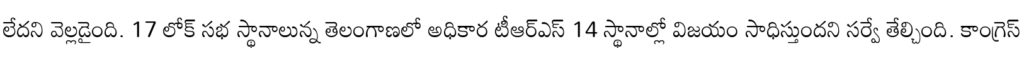
లేదని వెల్లడైంది. 17 లోక్ సభ స్థానాలున్న తెలంగాణలో అధికార టీఆర్ఎస్ 14 స్థానాల్లో విజయం సాధిస్తుందని సర్వే తేల్చింది. కాంగ్రెస్